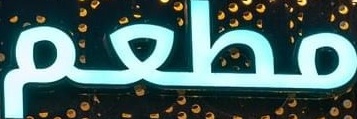
مطعم